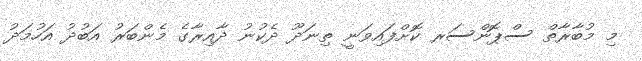
މި މުބާރާތް ސްޕޮންސަރ ކޮށްފައިވަނީ ތިނަދޫ ދެކުނު ދާއިރާގެ މެންބަރު އަބުދު އަހުމަދު